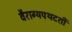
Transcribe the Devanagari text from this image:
वैराग्यपथदर्शी